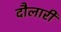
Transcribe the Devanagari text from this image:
दौलारी